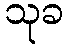
သုခ